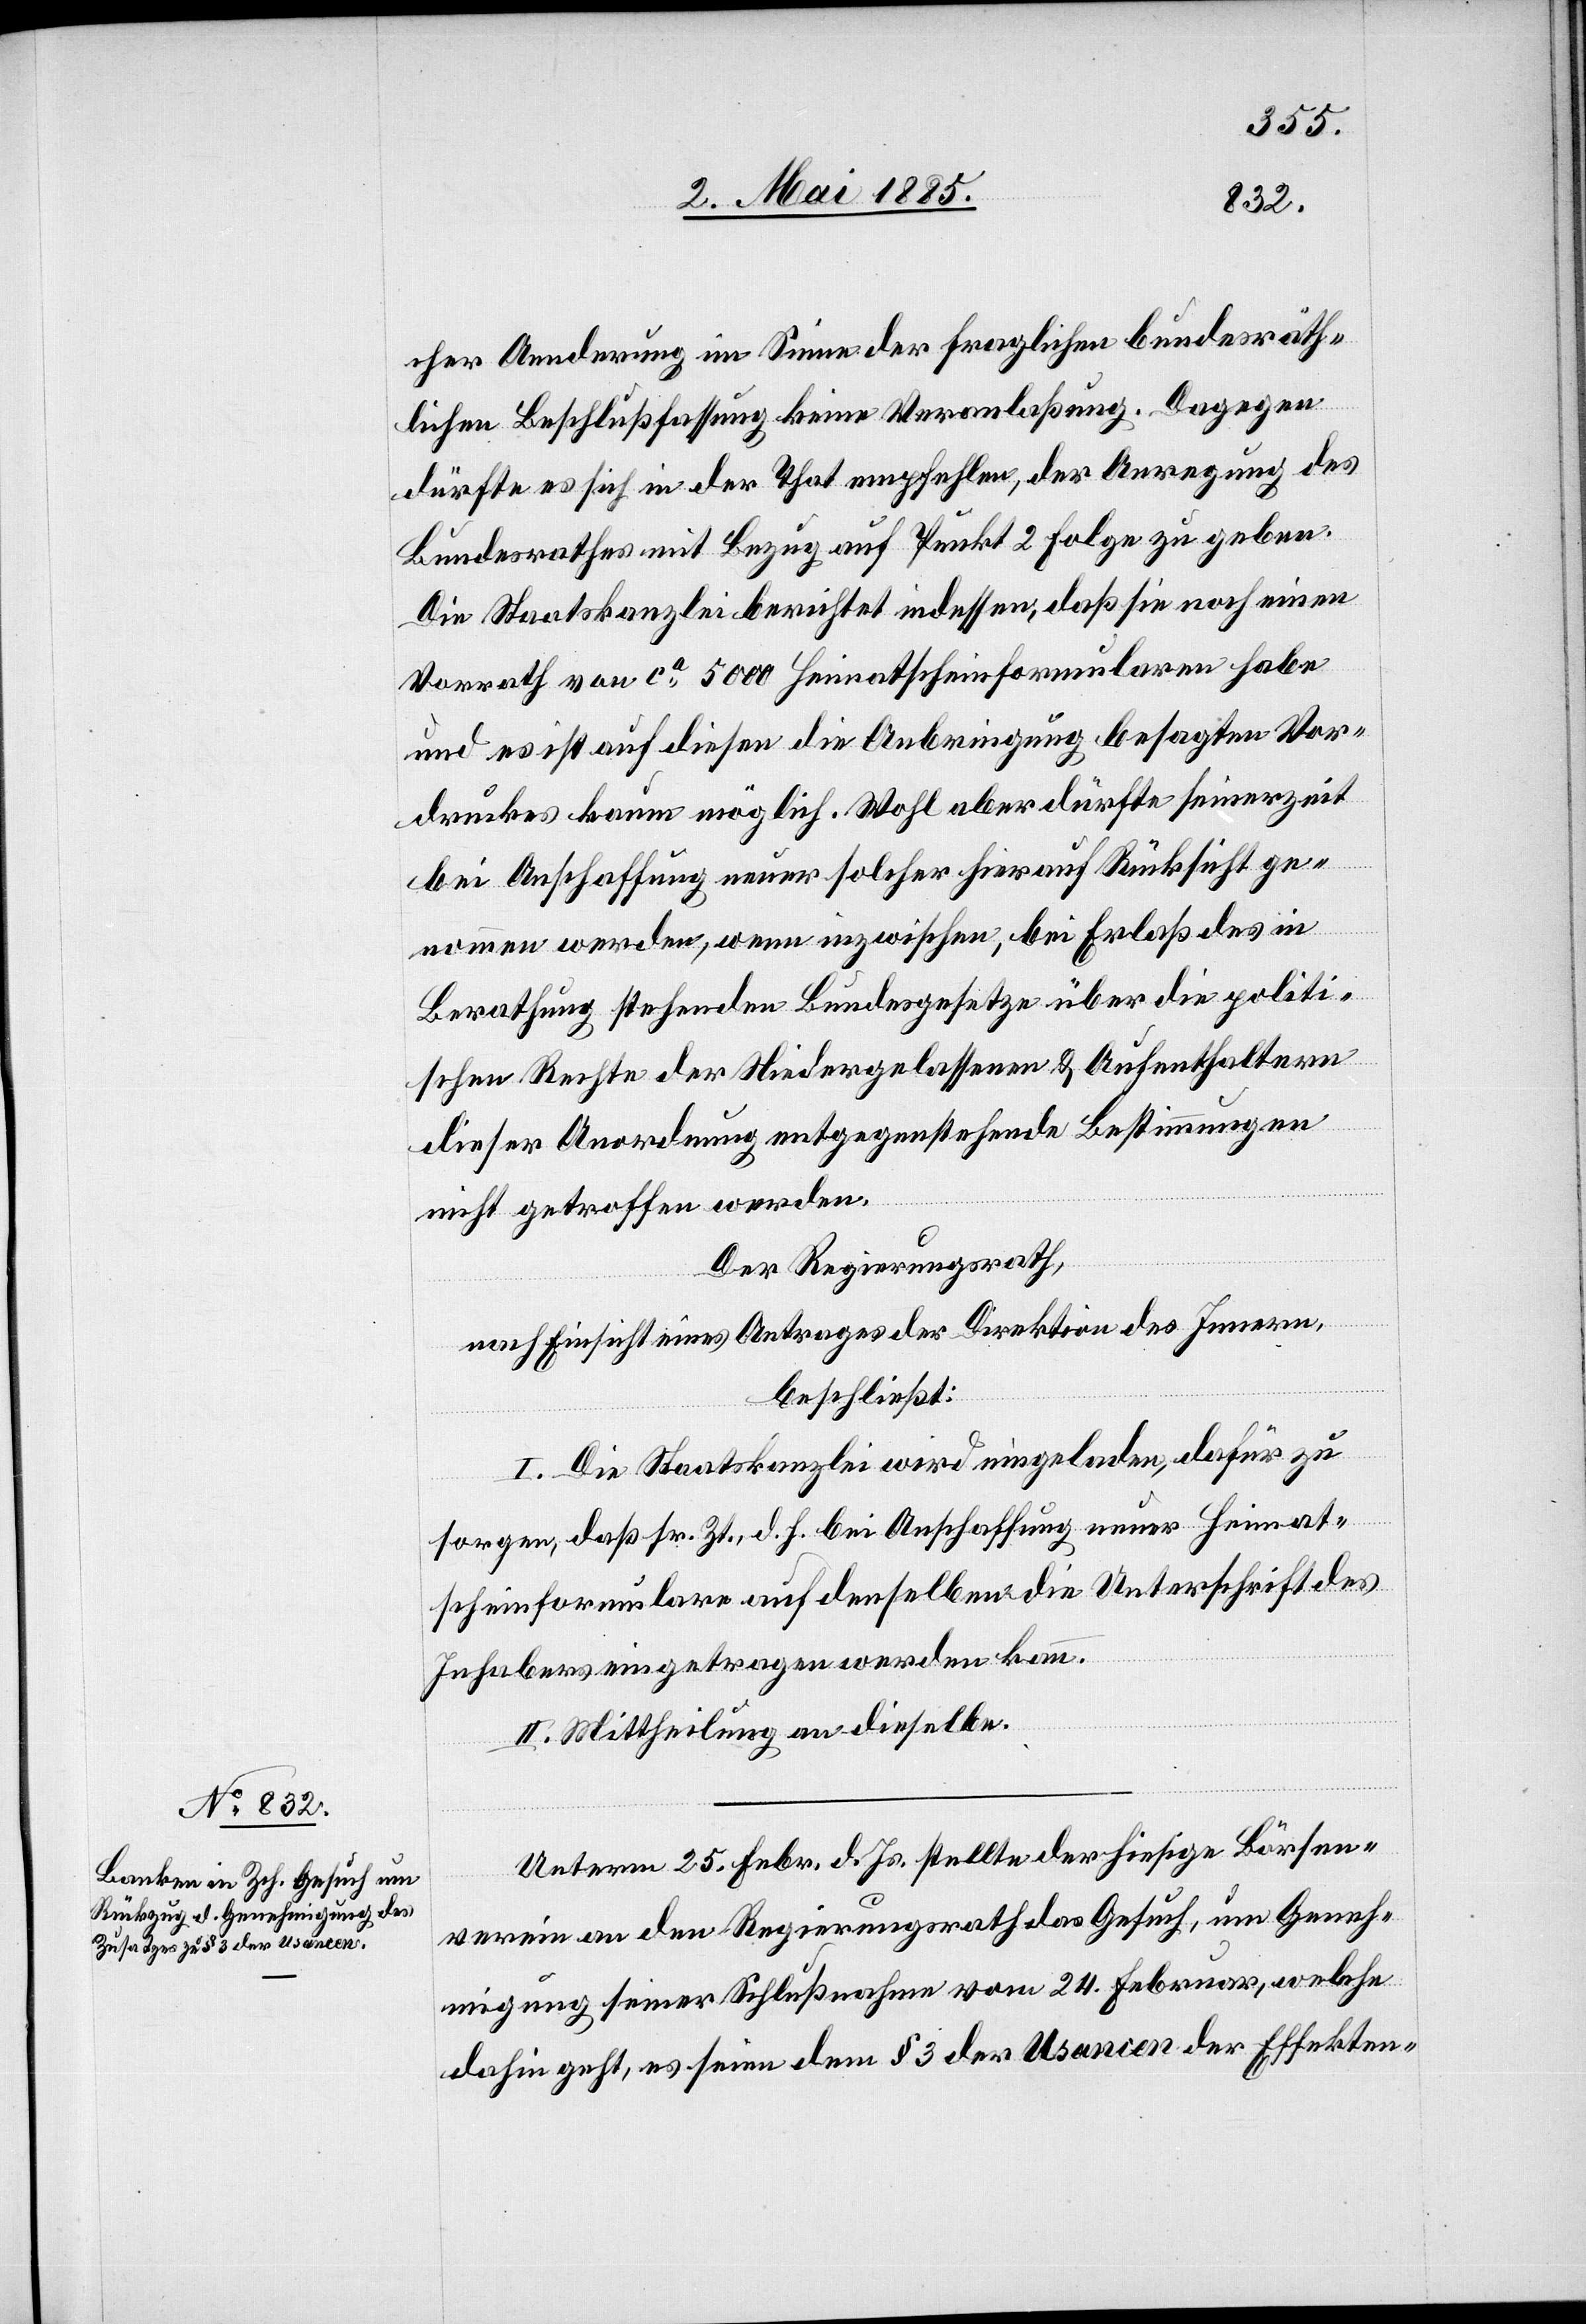
cher Aenderung im Sinne der fraglichen bundesräth¬
lichen Beschlußfassung keine Veranlaßung. Dagegen
dürfte es sich in der That empfehlen, der Anregung des
Bundesrathes mit Bezug auf Punkt 2 Folge zu geben.
Die Staatskanzlei berichtet indessen, daß sie noch einen
Vorrath von ca 5000 Heimatscheinformularen habe
und es ist auf dessen die Anbringung besagten Vor¬
druckes kaum möglich. Wohl aber dürfte seinerzeit
bei Anschaffung neuer solcher hierauf Rücksicht ge¬
nommen werden, wenn inzwischen bei Erlaß des in
Berathung stehenden Bundesgesetze über die politi¬
schen Rechte der Niedergelassenen & Aufenthaltern
dieser Anordnung entgegenstehende Bestimmungen
nicht getroffen werden.
Der Regierungsrath,
nach Einsicht eines Antrages der Direktion des Innern,
beschließt:
I. Die Staatskanzlei wird eingeladen, dafür zu
sorgen daß sr. Zt., d. h. bei Anschaffung neuer Heimat¬
scheinformulare auch denselben die Unterschrift des
Inhabers eingetragen werden kann.
II. Mittheilung an dieselben.
Unterm 25. Febr. d. Js. stellte der hiesige Börsen¬
verein an den Regierungsrath das Gesuch, um Geneh¬
migung seiner Schlußnahme vom 24. Februar, welche
dahin geht, es seien dem § 3 der Usancen der Effekten-